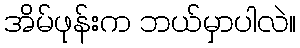
အိမ်ဖုန်းက ဘယ်မှာပါလဲ။